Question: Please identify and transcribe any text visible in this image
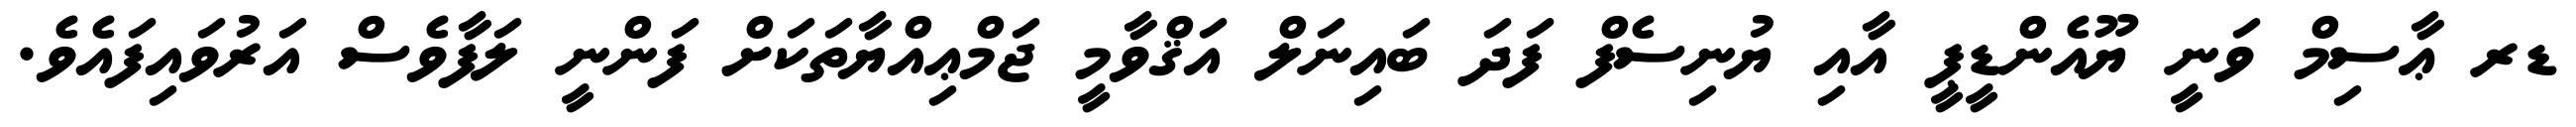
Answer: ޑރ ޢާސިމް ވަނީ ޔޫއެންޑީޕީ އާއި ޔުނިސެފް ފަދަ ބައިނަލް އަޤްވާމީ ޖަމްޢިއްޔާތަކަށް ފަންނީ ލަފާވެސް އަރުވައިފައެވެ.